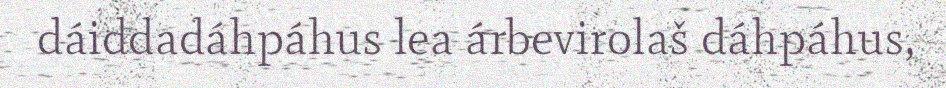
dáiddadáhpáhus lea árbevirolaš dáhpáhus,